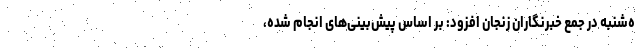
ه‌شنبه در جمع خبرنگاران زنجان افزود: بر اساس پیش‌بینی‌های انجام شده،